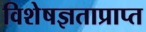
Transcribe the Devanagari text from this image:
विशेषज्ञताप्राप्त